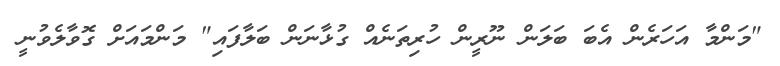
"މަންމާ އަހަރެން އެބަ ބަލަން ނޫރީން ހުރިތަނެއް ގުޅާނަން ބަލާފައި" މަންމައަށް ގޮވާލެވުނީ